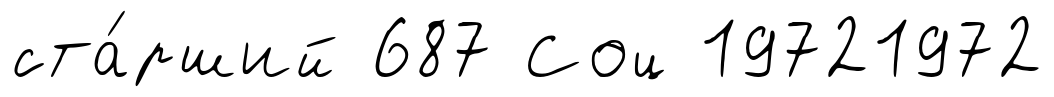
ста́рший 687 Соц 19721972